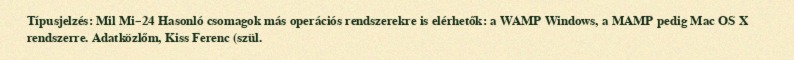
Típusjelzés: Mil Mi–24 Hasonló csomagok más operációs rendszerekre is elérhetők: a WAMP Windows, a MAMP pedig Mac OS X rendszerre. Adatközlőm, Kiss Ferenc (szül.